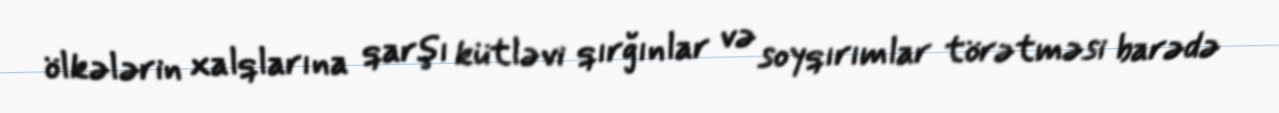
ölkələrin xalqlarına qarşı kütləvi qırğınlar və soyqırımlar törətməsi barədə